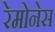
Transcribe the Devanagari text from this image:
रेमोनेस